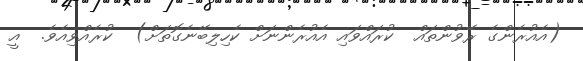
(އެއުރެންގެ ރޭވުންތައް  ކުރައްވައި އެއުރެންނަށް ކެހިލިބޭނެގޮތަށް)  ކުރެއްވިއެވެ.  އީ